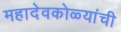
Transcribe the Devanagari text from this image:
महादेवकोळ्यांची